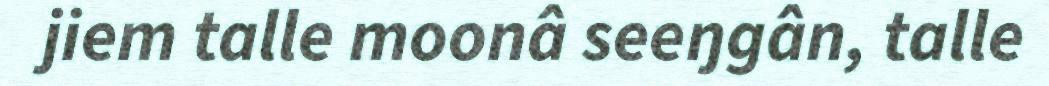
jiem talle moonâ seeŋgân, talle